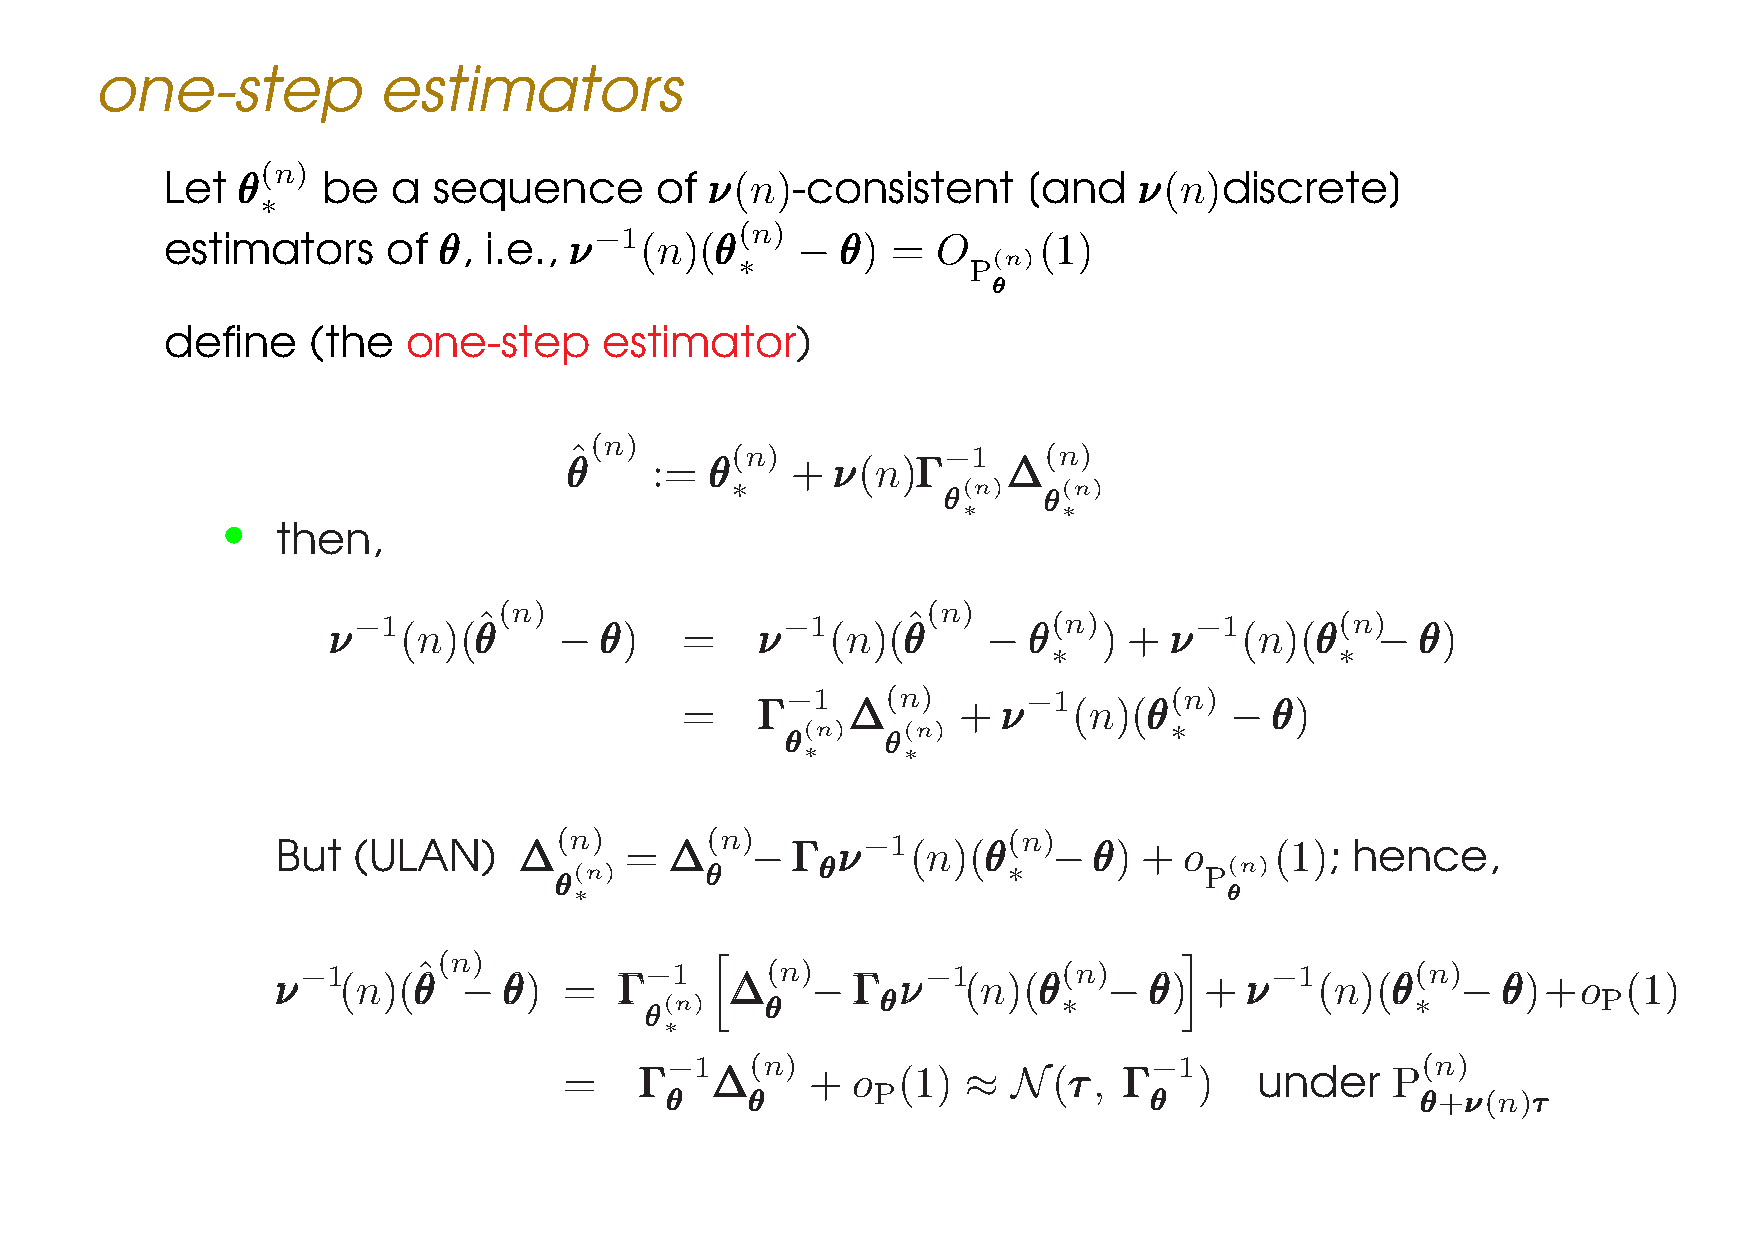
one-step           estimators
 (n)
 Let  θθθ  be   a  sequence      of  ννν(n)-consistent    [and   ννν(n)discrete]
 ∗
 estimators     of θθθ, i.e.,
 ννν−1(n)(θθθ(n)
 − θθθ) = O      (1)
 ∗                (n)
 P
 θθθ
 define   (the   one-step     estimator)
 (n)
 ˆ         (n)           −1     (n)
 θθθ   :=  θθθ  +  ννν(n)ΓΓΓ   ∆∆∆
 ∗               (n)   (n)
 θθθ
 ∗
 θθθ
 ∗
 ••
 then,
 (n)                         (n)
 −1       ˆ                   −1      ˆ         (n)      −1        (n)
 ννν (n)(θθθ    −  θθθ) =    ννν  (n)(θθθ   −  θθθ  ) + ννν  (n)(θθθ  −  θθθ)
 ∗                  ∗
 −1     (n)      −1       (n)
 =    ΓΓΓ   ∆∆∆    +  ννν  (n)(θθθ   −  θθθ)
 (n)    (n)              ∗
 θθθ
 ∗
 θθθ
 ∗
 But  (ULAN)
 ∆∆∆(n)
 =
 ∆∆∆(n)
 − ΓΓΓ
 ννν−1(n)(θθθ(n)
 − θθθ) + o    (1); hence,
 θθθ(n)    θθθ    θθθ          ∗            P(n)
 ∗                                          θθθ
 (n)
 −1     ˆ               −1      (n)       −1       (n)           −1        (n)
 ννν (n)(θθθ −  θθθ) =  ΓΓΓ    ∆∆∆   − ΓΓΓ ννν (n)(θθθ  −  θθθ) + ννν (n)(θθθ   − θθθ)+o   (1)
 (n)    θθθ    θθθ         ∗                       ∗           P
 θθθ
 ∗
 h                              i
 −1    (n)                       −1                (n)
 =    ΓΓΓ  ∆∆∆    + o  (1)  ≈  N(τττ, ΓΓΓ  )   under    P
 θθθ  θθθ      P                 θθθ               θθθ+ννν(n)τττ
 LE CAM’S ASYMPTOTIC THEORY IN A NUTSHELL –p.44/46